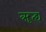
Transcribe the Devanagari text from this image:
ॠत्द्य